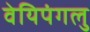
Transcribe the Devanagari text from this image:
वेयिपंगलु